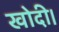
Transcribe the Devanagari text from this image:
खोदी।